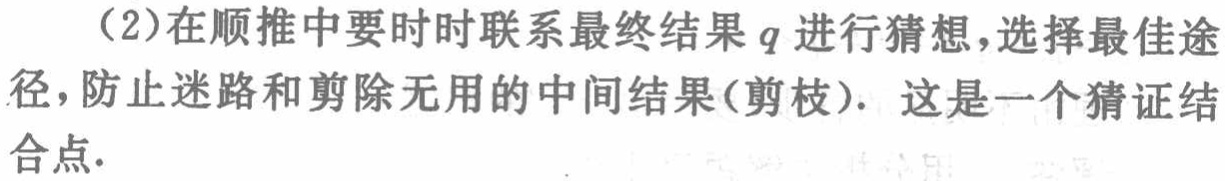
（2）在顺推中要时时联系最终结果\(q\)进行猜想，选择最佳途径，防止迷路和剪除无用的中间结果(剪枝). 这是一个猜证结合点.